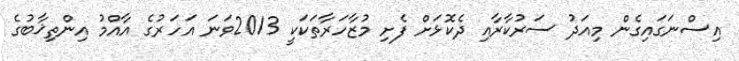
އިސްނަގައިގެން މިއަދު ސަރުކާރާއި ދެކޮޅަށް ފެށި މުޒާހަރާތަކަކީ 2013ވަނަ އަހަރުގެ އާއްމު އިންތިޚާބުގެ